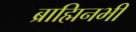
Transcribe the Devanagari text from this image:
ब्राह्मिनभी